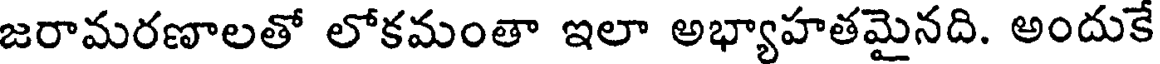
జరామరణాలతో లోకమంతా ఇలా అభ్యాహతమైనది. అందుకే